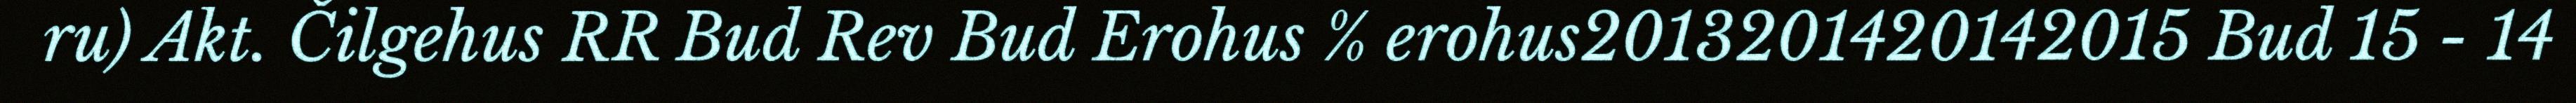
ru) Akt. Čilgehus RR Bud Rev Bud Erohus % erohus2013201420142015 Bud 15 - 14